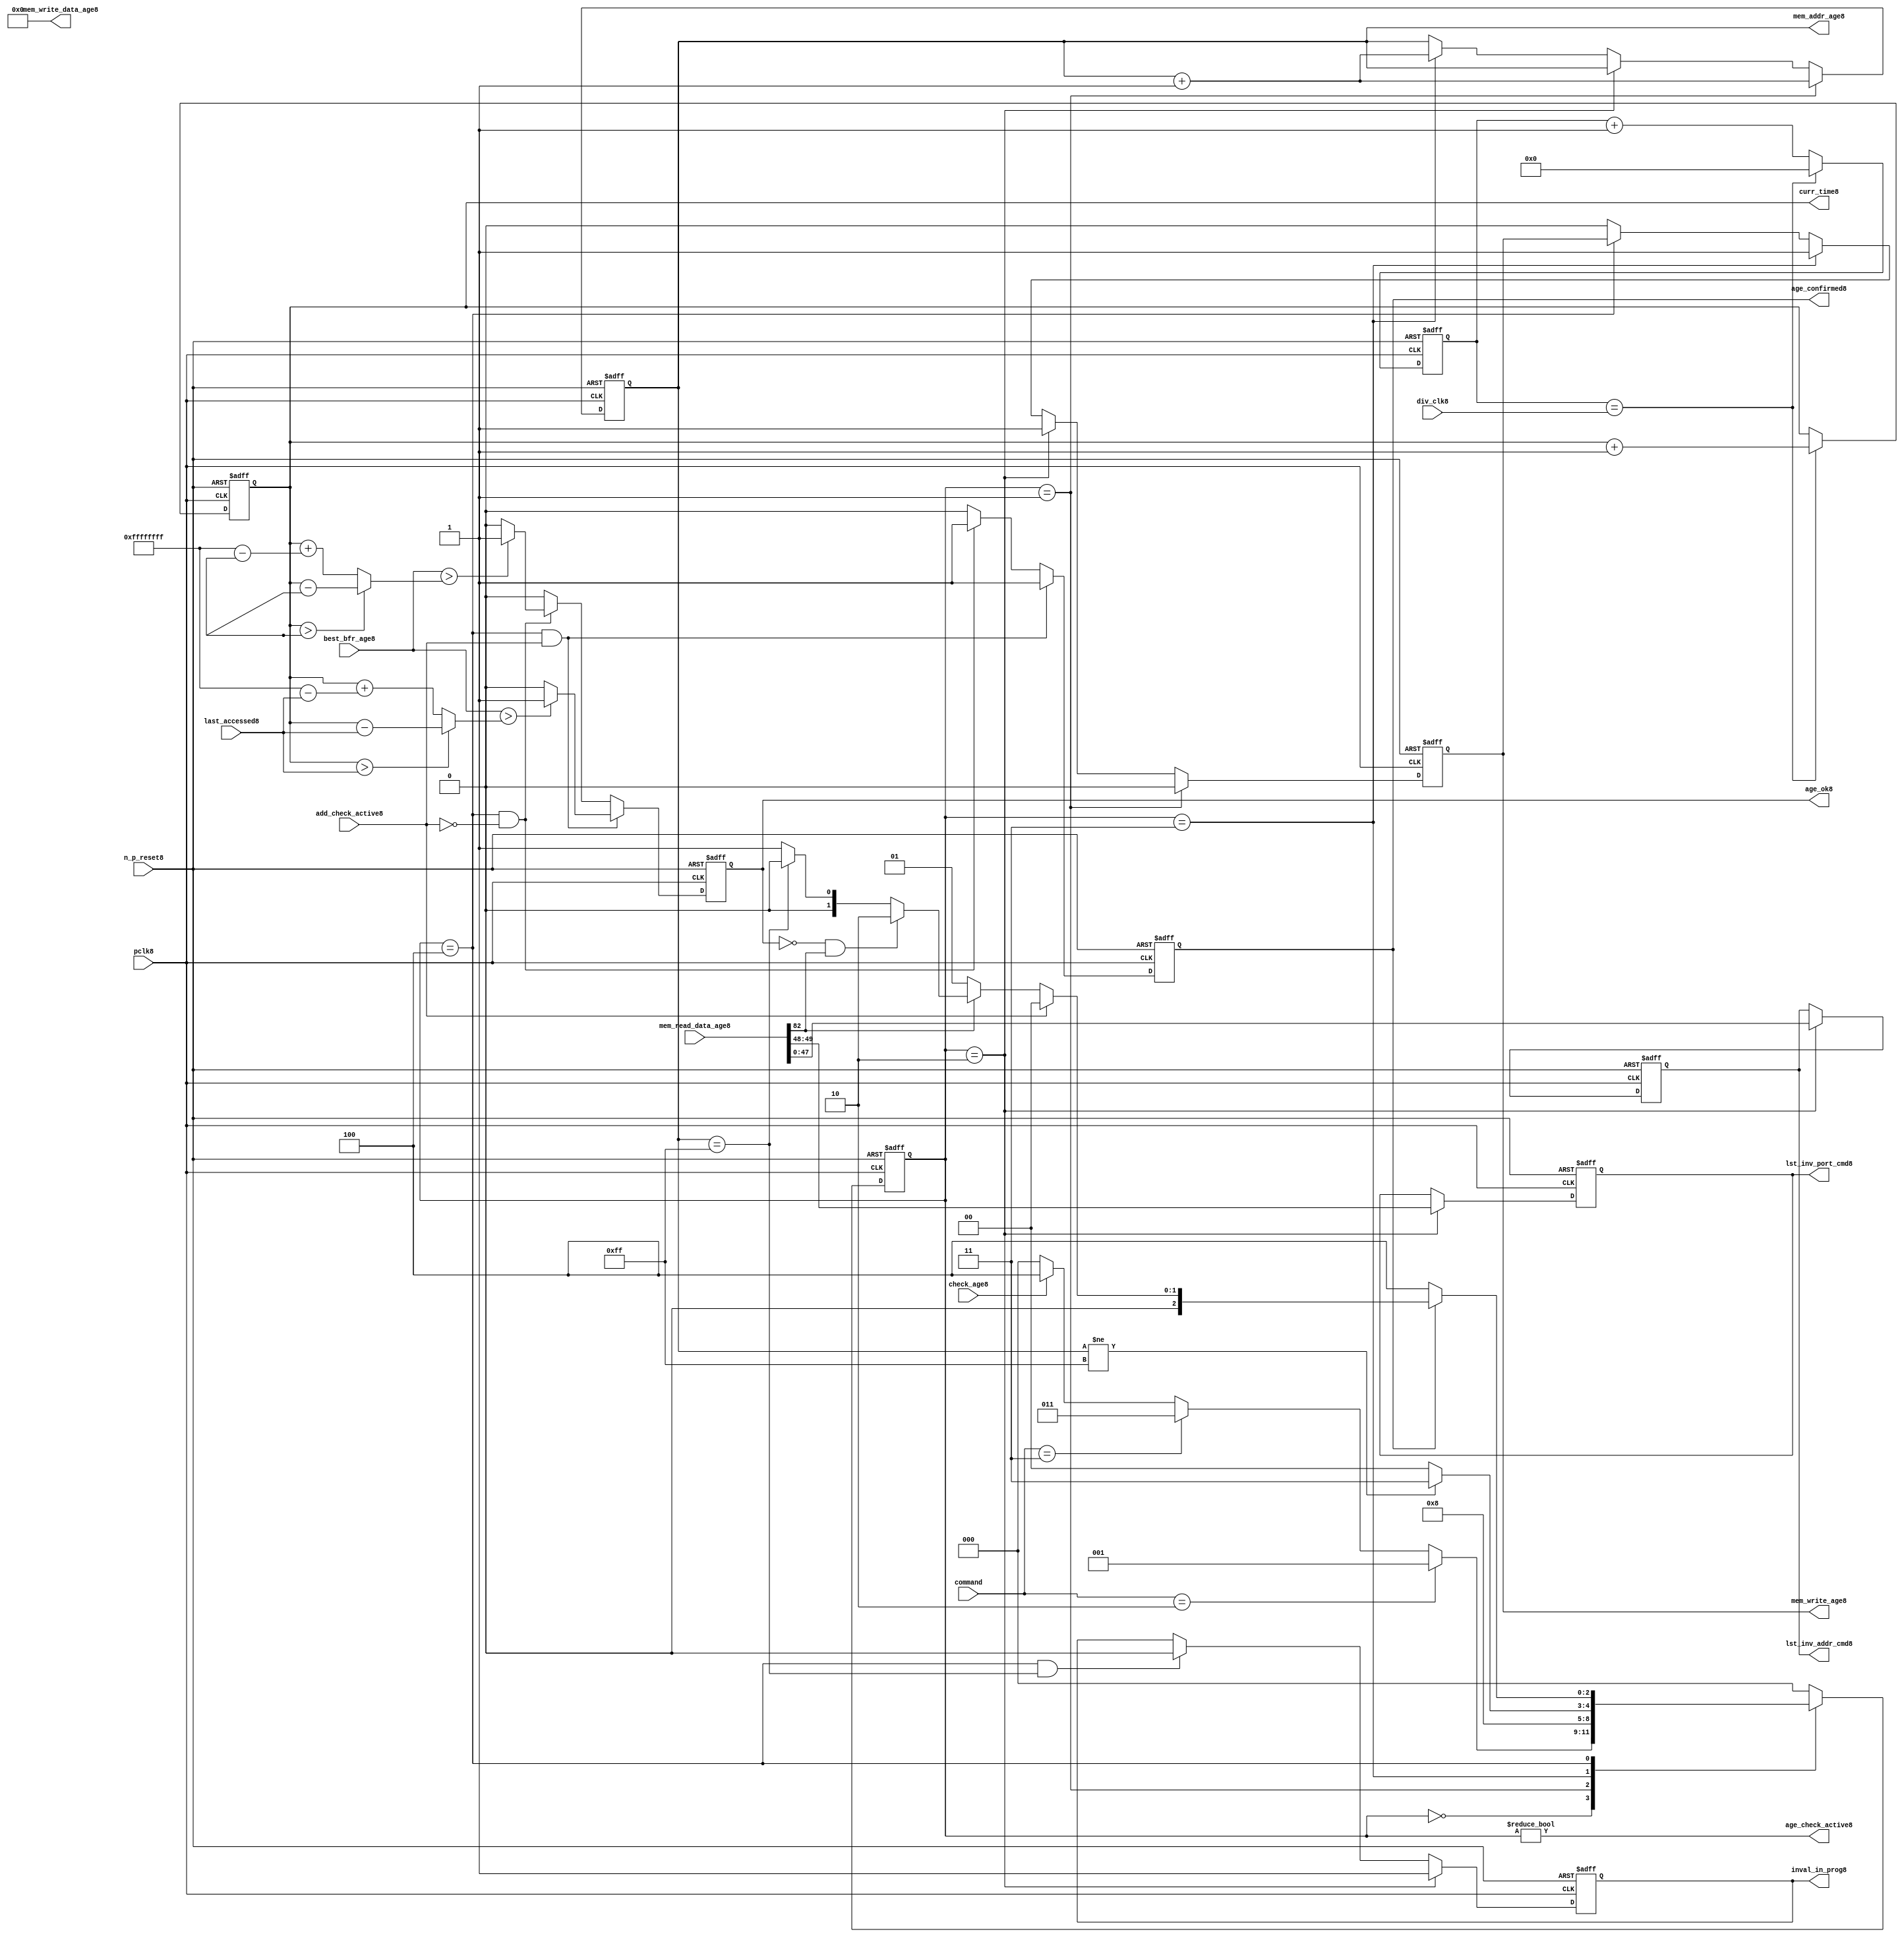
//File8 name   : alut_age_checker8.v
//Title8       : 
//Created8     : 1999
//Description8 : 
//Notes8       : 
//----------------------------------------------------------------------
//   Copyright8 1999-2010 Cadence8 Design8 Systems8, Inc8.
//   All Rights8 Reserved8 Worldwide8
//
//   Licensed8 under the Apache8 License8, Version8 2.0 (the
//   "License8"); you may not use this file except8 in
//   compliance8 with the License8.  You may obtain8 a copy of
//   the License8 at
//
//       http8://www8.apache8.org8/licenses8/LICENSE8-2.0
//
//   Unless8 required8 by applicable8 law8 or agreed8 to in
//   writing, software8 distributed8 under the License8 is
//   distributed8 on an "AS8 IS8" BASIS8, WITHOUT8 WARRANTIES8 OR8
//   CONDITIONS8 OF8 ANY8 KIND8, either8 express8 or implied8.  See
//   the License8 for the specific8 language8 governing8
//   permissions8 and limitations8 under the License8.
//----------------------------------------------------------------------

module alut_age_checker8
(   
   // Inputs8
   pclk8,
   n_p_reset8,
   command,          
   div_clk8,          
   mem_read_data_age8,
   check_age8,        
   last_accessed8, 
   best_bfr_age8,   
   add_check_active8,

   // outputs8
   curr_time8,         
   mem_addr_age8,      
   mem_write_age8,     
   mem_write_data_age8,
   lst_inv_addr_cmd8,    
   lst_inv_port_cmd8,  
   age_confirmed8,     
   age_ok8,
   inval_in_prog8,  
   age_check_active8          
);   

   input               pclk8;               // APB8 clock8                           
   input               n_p_reset8;          // Reset8                               
   input [1:0]         command;            // command bus                        
   input [7:0]         div_clk8;            // clock8 divider8 value
   input [82:0]        mem_read_data_age8;  // read data from memory             
   input               check_age8;          // request flag8 for age8 check
   input [31:0]        last_accessed8;      // time field sent8 for age8 check
   input [31:0]        best_bfr_age8;       // best8 before age8
   input               add_check_active8;   // active flag8 from address checker

   output [31:0]       curr_time8;          // current time,for storing8 in mem    
   output [7:0]        mem_addr_age8;       // address for R/W8 to memory     
   output              mem_write_age8;      // R/W8 flag8 (write = high8)            
   output [82:0]       mem_write_data_age8; // write data for memory             
   output [47:0]       lst_inv_addr_cmd8;   // last invalidated8 addr normal8 op    
   output [1:0]        lst_inv_port_cmd8;   // last invalidated8 port normal8 op    
   output              age_confirmed8;      // validates8 age_ok8 result 
   output              age_ok8;             // age8 checker result - set means8 in-date8
   output              inval_in_prog8;      // invalidation8 in progress8
   output              age_check_active8;   // bit 0 of status register           

   reg  [2:0]          age_chk_state8;      // age8 checker FSM8 current state
   reg  [2:0]          nxt_age_chk_state8;  // age8 checker FSM8 next state
   reg  [7:0]          mem_addr_age8;     
   reg                 mem_write_age8;    
   reg                 inval_in_prog8;      // invalidation8 in progress8
   reg  [7:0]          clk_div_cnt8;        // clock8 divider8 counter
   reg  [31:0]         curr_time8;          // current time,for storing8 in mem  
   reg                 age_confirmed8;      // validates8 age_ok8 result 
   reg                 age_ok8;             // age8 checker result - set means8 in-date8
   reg [47:0]          lst_inv_addr_cmd8;   // last invalidated8 addr normal8 op    
   reg [1:0]           lst_inv_port_cmd8;   // last invalidated8 port normal8 op    

   wire  [82:0]        mem_write_data_age8;
   wire  [31:0]        last_accessed_age8;  // read back time by age8 checker
   wire  [31:0]        time_since_lst_acc_age8;  // time since8 last accessed age8
   wire  [31:0]        time_since_lst_acc8; // time since8 last accessed address
   wire                age_check_active8;   // bit 0 of status register           

// Parameters8 for Address Checking8 FSM8 states8
   parameter idle8           = 3'b000;
   parameter inval_aged_rd8  = 3'b001;
   parameter inval_aged_wr8  = 3'b010;
   parameter inval_all8      = 3'b011;
   parameter age_chk8        = 3'b100;

   parameter max_addr       = 8'hff;
   parameter max_cnt8        = 32'hffff_ffff;

// -----------------------------------------------------------------------------
//   Generate8 current time counter
// -----------------------------------------------------------------------------
always @ (posedge pclk8 or negedge n_p_reset8)
   begin
   if (~n_p_reset8)
      clk_div_cnt8 <= 8'd0;
   else if (clk_div_cnt8 == div_clk8)
      clk_div_cnt8 <= 8'd0; 
   else 
      clk_div_cnt8 <= clk_div_cnt8 + 1'd1;
   end


always @ (posedge pclk8 or negedge n_p_reset8)
   begin
   if (~n_p_reset8)
      curr_time8 <= 32'd0;
   else if (clk_div_cnt8 == div_clk8)
      curr_time8 <= curr_time8 + 1'd1;
   end


// -----------------------------------------------------------------------------
//   Age8 checker State8 Machine8 
// -----------------------------------------------------------------------------
always @ (command or check_age8 or age_chk_state8 or age_confirmed8 or age_ok8 or
          mem_addr_age8 or mem_read_data_age8[82])
   begin
      case (age_chk_state8)
      
      idle8:
         if (command == 2'b10)
            nxt_age_chk_state8 = inval_aged_rd8;
         else if (command == 2'b11)
            nxt_age_chk_state8 = inval_all8;
         else if (check_age8)
            nxt_age_chk_state8 = age_chk8;
         else
            nxt_age_chk_state8 = idle8;

      inval_aged_rd8:
            nxt_age_chk_state8 = age_chk8;

      inval_aged_wr8:
            nxt_age_chk_state8 = idle8;

      inval_all8:
         if (mem_addr_age8 != max_addr)
            nxt_age_chk_state8 = inval_all8;  // move8 onto8 next address
         else
            nxt_age_chk_state8 = idle8;

      age_chk8:
         if (age_confirmed8)
            begin
            if (add_check_active8)                     // age8 check for addr chkr8
               nxt_age_chk_state8 = idle8;
            else if (~mem_read_data_age8[82])      // invalid, check next location8
               nxt_age_chk_state8 = inval_aged_rd8; 
            else if (~age_ok8 & mem_read_data_age8[82]) // out of date8, clear 
               nxt_age_chk_state8 = inval_aged_wr8;
            else if (mem_addr_age8 == max_addr)    // full check completed
               nxt_age_chk_state8 = idle8;     
            else 
               nxt_age_chk_state8 = inval_aged_rd8; // age8 ok, check next location8 
            end       
         else
            nxt_age_chk_state8 = age_chk8;

      default:
            nxt_age_chk_state8 = idle8;
      endcase
   end



always @ (posedge pclk8 or negedge n_p_reset8)
   begin
   if (~n_p_reset8)
      age_chk_state8 <= idle8;
   else
      age_chk_state8 <= nxt_age_chk_state8;
   end


// -----------------------------------------------------------------------------
//   Generate8 memory RW bus for accessing array when requested8 to invalidate8 all
//   aged8 addresses8 and all addresses8.
// -----------------------------------------------------------------------------
always @ (posedge pclk8 or negedge n_p_reset8)
   begin
   if (~n_p_reset8)
   begin
      mem_addr_age8 <= 8'd0;     
      mem_write_age8 <= 1'd0;    
   end
   else if (age_chk_state8 == inval_aged_rd8)  // invalidate8 aged8 read
   begin
      mem_addr_age8 <= mem_addr_age8 + 1'd1;     
      mem_write_age8 <= 1'd0;    
   end
   else if (age_chk_state8 == inval_aged_wr8)  // invalidate8 aged8 read
   begin
      mem_addr_age8 <= mem_addr_age8;     
      mem_write_age8 <= 1'd1;    
   end
   else if (age_chk_state8 == inval_all8)  // invalidate8 all
   begin
      mem_addr_age8 <= mem_addr_age8 + 1'd1;     
      mem_write_age8 <= 1'd1;    
   end
   else if (age_chk_state8 == age_chk8)
   begin
      mem_addr_age8 <= mem_addr_age8;     
      mem_write_age8 <= mem_write_age8;    
   end
   else 
   begin
      mem_addr_age8 <= mem_addr_age8;     
      mem_write_age8 <= 1'd0;    
   end
   end

// age8 checker will only ever8 write zero values to ALUT8 mem
assign mem_write_data_age8 = 83'd0;



// -----------------------------------------------------------------------------
//   Generate8 invalidate8 in progress8 flag8 (bit 1 of status register)
// -----------------------------------------------------------------------------
always @ (posedge pclk8 or negedge n_p_reset8)
   begin
   if (~n_p_reset8)
      inval_in_prog8 <= 1'd0;
   else if (age_chk_state8 == inval_aged_wr8) 
      inval_in_prog8 <= 1'd1;
   else if ((age_chk_state8 == age_chk8) & (mem_addr_age8 == max_addr))
      inval_in_prog8 <= 1'd0;
   else
      inval_in_prog8 <= inval_in_prog8;
   end


// -----------------------------------------------------------------------------
//   Calculate8 whether8 data is still in date8.  Need8 to work8 out the real time
//   gap8 between current time and last accessed.  If8 this gap8 is greater than
//   the best8 before age8, then8 the data is out of date8. 
// -----------------------------------------------------------------------------
assign time_since_lst_acc8 = (curr_time8 > last_accessed8) ? 
                            (curr_time8 - last_accessed8) :  // no cnt wrapping8
                            (curr_time8 + (max_cnt8 - last_accessed8));

assign time_since_lst_acc_age8 = (curr_time8 > last_accessed_age8) ? 
                                (curr_time8 - last_accessed_age8) : // no wrapping8
                                (curr_time8 + (max_cnt8 - last_accessed_age8));


always @ (posedge pclk8 or negedge n_p_reset8)
   begin
   if (~n_p_reset8)
      begin
      age_ok8 <= 1'b0;
      age_confirmed8 <= 1'b0;
      end
   else if ((age_chk_state8 == age_chk8) & add_check_active8) 
      begin                                       // age8 checking for addr chkr8
      if (best_bfr_age8 > time_since_lst_acc8)      // still in date8
         begin
         age_ok8 <= 1'b1;
         age_confirmed8 <= 1'b1;
         end
      else   // out of date8
         begin
         age_ok8 <= 1'b0;
         age_confirmed8 <= 1'b1;
         end
      end
   else if ((age_chk_state8 == age_chk8) & ~add_check_active8)
      begin                                      // age8 checking for inval8 aged8
      if (best_bfr_age8 > time_since_lst_acc_age8) // still in date8
         begin
         age_ok8 <= 1'b1;
         age_confirmed8 <= 1'b1;
         end
      else   // out of date8
         begin
         age_ok8 <= 1'b0;
         age_confirmed8 <= 1'b1;
         end
      end
   else
      begin
      age_ok8 <= 1'b0;
      age_confirmed8 <= 1'b0;
      end
   end



// -----------------------------------------------------------------------------
//   Generate8 last address and port that was cleared8 in the invalid aged8 process
// -----------------------------------------------------------------------------
always @ (posedge pclk8 or negedge n_p_reset8)
   begin
   if (~n_p_reset8)
      begin
      lst_inv_addr_cmd8 <= 48'd0;
      lst_inv_port_cmd8 <= 2'd0;
      end
   else if (age_chk_state8 == inval_aged_wr8)
      begin
      lst_inv_addr_cmd8 <= mem_read_data_age8[47:0];
      lst_inv_port_cmd8 <= mem_read_data_age8[49:48];
      end
   else 
      begin
      lst_inv_addr_cmd8 <= lst_inv_addr_cmd8;
      lst_inv_port_cmd8 <= lst_inv_port_cmd8;
      end
   end


// -----------------------------------------------------------------------------
//   Set active bit of status, decoded8 off8 age_chk_state8
// -----------------------------------------------------------------------------
assign age_check_active8 = (age_chk_state8 != 3'b000);

endmodule